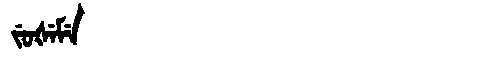
Manchu: ᠵᡠᡧᡝᠮᡝ
Romanization: JUŠEME